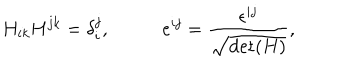
H _ { i k } H ^ { j k } = \delta _ { i } ^ { j } , \; e ^ { i j } = \frac { \epsilon ^ { i j } } { \sqrt { \mathrm { d e t } ( H ) } } ,